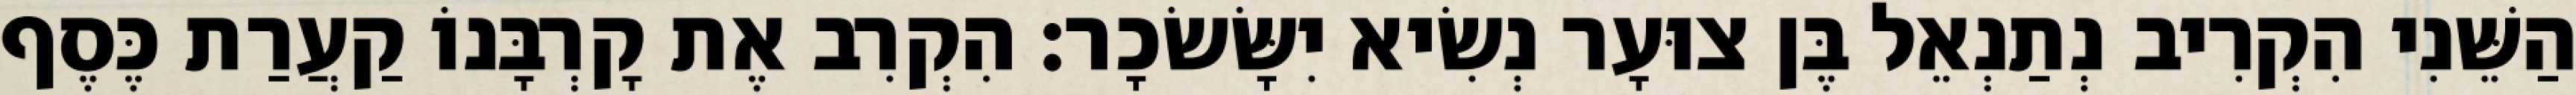
הַשֵּׁנִי הִקְרִיב נְתַנְאֵל בֶּן צוּעָר נְשִׂיא יִשָּׂשׂכָר׃ הִקְרִב אֶת קָרְבָּנוֹ קַעֲרַת כֶּסֶף